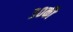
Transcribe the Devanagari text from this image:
३०की